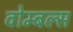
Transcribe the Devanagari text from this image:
वोम्बल्स